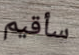
سأقيم